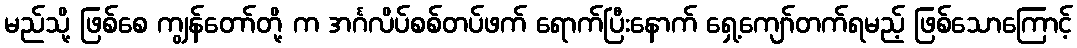
မည်သို့ ဖြစ်စေ ကျွန်တော်တို့ က အင်္ဂလိပ်စစ်တပ်ဖက် ရောက်ပြီးနောက် ရှေ့ကျော်တက်ရမည့် ဖြစ်သောကြောင့်